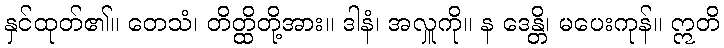
နှင်ထုတ်၏။ တေသံ၊ တိတ္ထိတို့အား။ ဒါနံ၊ အလှူကို။ န ဒေန္တိ၊ မပေးကုန်။ ဣတိ